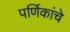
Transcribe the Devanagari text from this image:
पर्णिकांचे